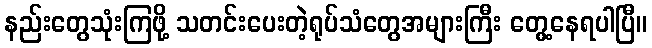
နည်းတွေသုံးကြဖို့ သတင်းပေးတဲ့ရုပ်သံတွေအများကြီး တွေ့နေရပါပြီ။